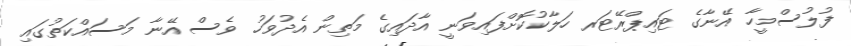
ފުލުސްމީހާ އޭނާގެ ޓައިޕްރޭޓަރ ހަލާކުކޮށްފައިވަނީ އާދައިގެ މަތިން އެދުވަހު ވެސް އޭނާ މަސައްކަތުގައި